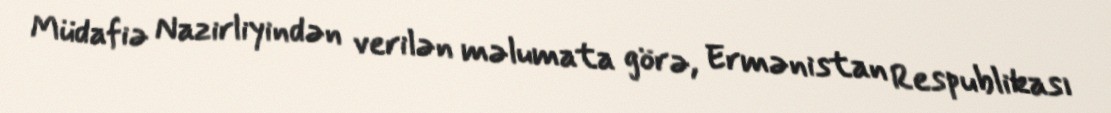
Müdafiə Nazirliyindən verilən məlumata görə, Ermənistan Respublikası